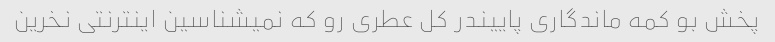
پخش بو کمه ماندگاری پاییندر کل عطری رو که نمیشناسین اینترنتی نخرین